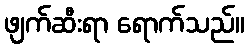
ဖျက်ဆီးရာ ရောက်သည်။